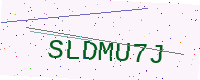
Text: SLDMU7J